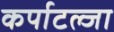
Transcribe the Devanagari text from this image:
कर्पाटल्जा